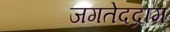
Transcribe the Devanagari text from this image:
जगतेदद्राम